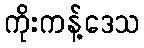
ကိုးကန့်ဒေသ